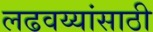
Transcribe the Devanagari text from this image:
लढवय्यांसाठी